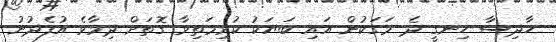
ހާދިސާ ހިނގީ ދެ މަގަކުން އައި ބަޔަކު ކުރިމަތިވާ ގޮތަށް ދިމާވެ އުފެދުނު